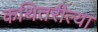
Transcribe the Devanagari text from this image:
कथितरीत्या